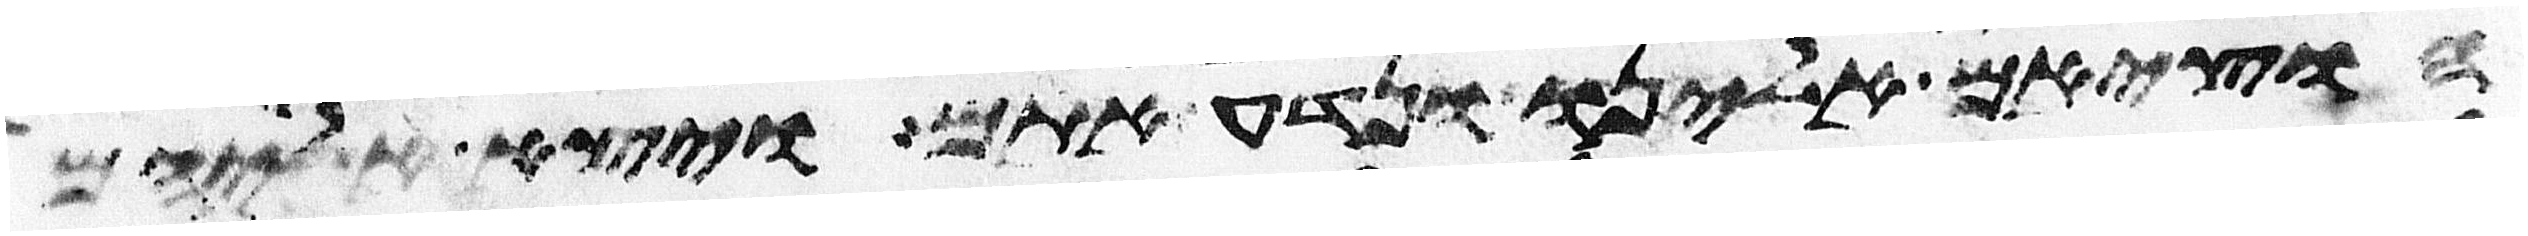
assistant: הוציאם אלינו ונדע אתם ויצא אליהם